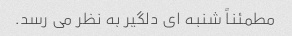
مطمئناً شنبه ای دلگیر به نظر می رسد.